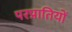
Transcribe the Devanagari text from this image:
परप्रातियों